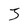
Character: 3